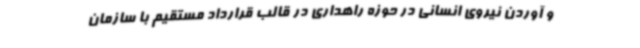
و آوردن نیروی انسانی در حوزه راهداری در قالب قرارداد مستقیم با سازمان